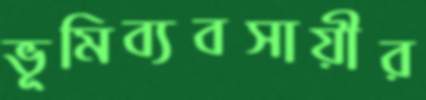
ভূমিব্যবসায়ীর